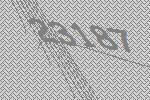
23187